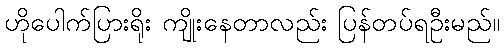
ဟိုပေါက်ပြားရိုး ကျိုးနေတာလည်း ပြန်တပ်ရဦးမည်။